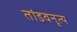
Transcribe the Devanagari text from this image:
तांडवनृत्य